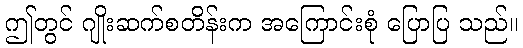
ဤတွင် ဂျိုးဆက်စတိန်းက အကြောင်းစုံ ပြောပြ သည်။